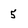
Character: 5